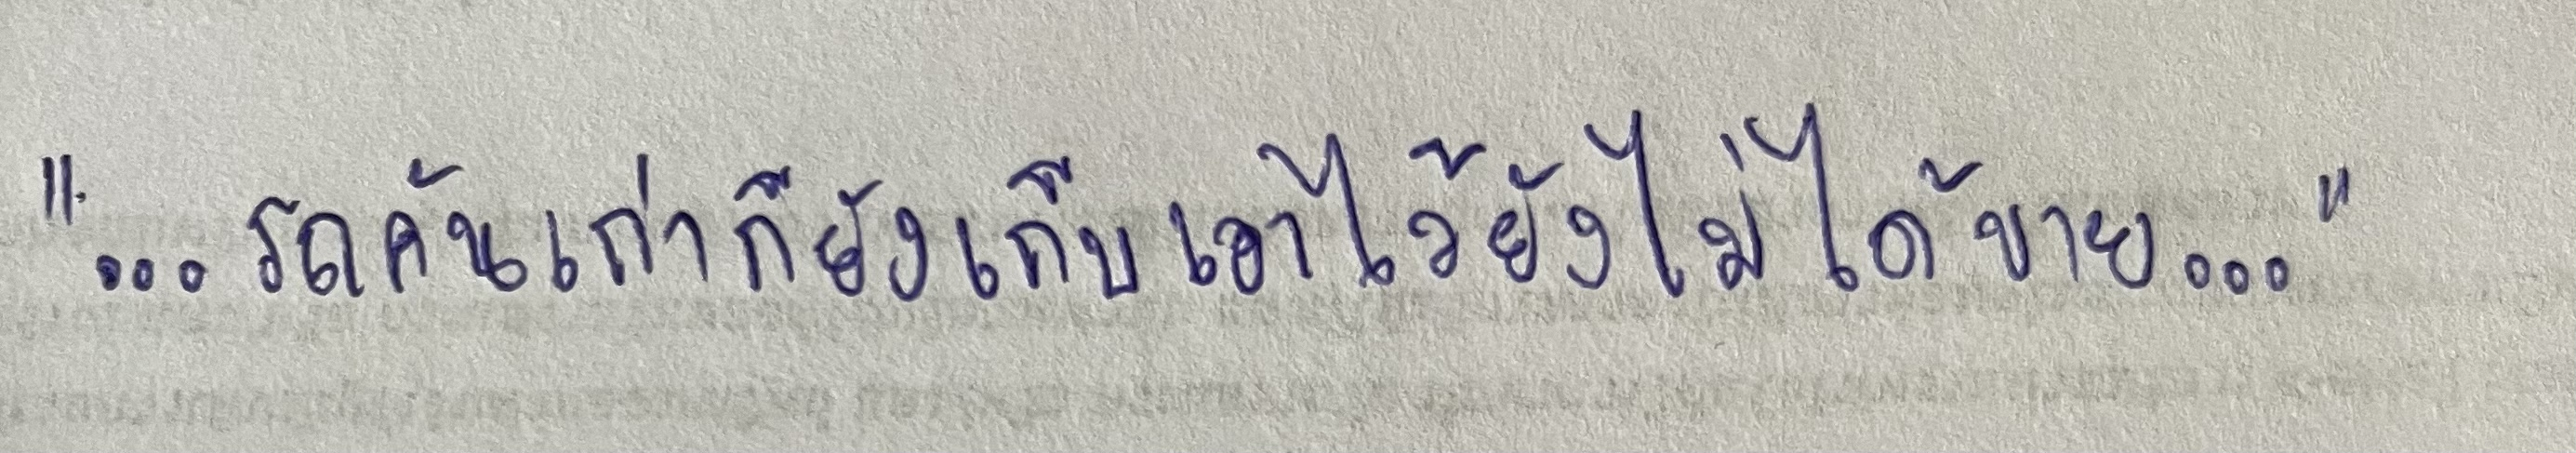
"...รถคันเก่าก็ยังเก็บเอาไว้ยังไม่ได้ขาย..."